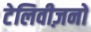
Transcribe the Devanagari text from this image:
टेलिवीज़नों